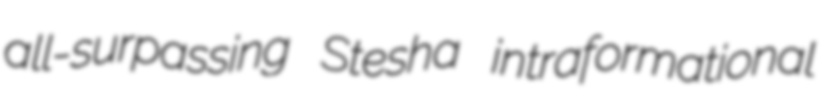
all-surpassing Stesha intraformational